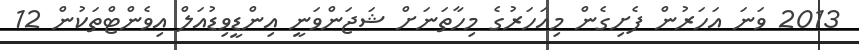
2013 ވަނަ އަހަރުން ފެށިގެން މިއަހަރުގެ މިހާތަނަށް ޝަޖަންވަނީ އިންޑީވިޑުއަލް އިވެންޓްތަކުން 12